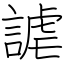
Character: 謔